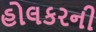
હોલકરની